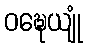
ဝဍ္ဎေယျုံ